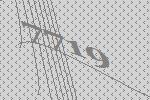
7719